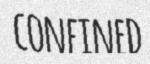
CONFINED